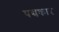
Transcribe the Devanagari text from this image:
पद्यकार